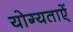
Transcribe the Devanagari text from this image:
योग्यताऐं